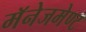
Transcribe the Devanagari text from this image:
मॅनेजमेण्ट